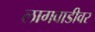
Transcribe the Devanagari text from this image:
लागवाडीवर